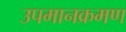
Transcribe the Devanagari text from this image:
उपमानक्रमण